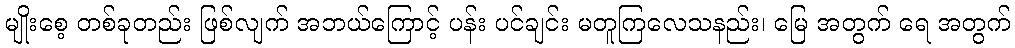
မျိုးစေ့ တစ်ခုတည်း ဖြစ်လျက် အဘယ်ကြောင့် ပန်း ပင်ချင်း မတူကြလေသနည်း၊ မြေ အတွက် ရေ အတွက်